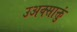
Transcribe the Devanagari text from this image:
उअक्साक्तुं